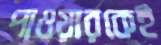
পাওয়ারকেই